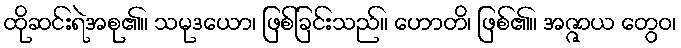
ထိုဆင်းရဲအစု၏။ သမုဒယော၊ ဖြစ်ခြင်းသည်။ ဟောတိ၊ ဖြစ်၏။ အဇ္ဇာယ တွေဝ၊